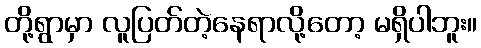
တို့ရွာမှာ လူပြတ်တဲ့နေရာလို့တော့ မရှိပါဘူး။